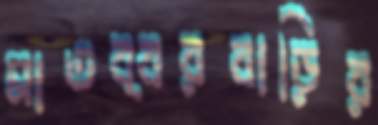
মাতব্বরবাড়ির